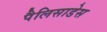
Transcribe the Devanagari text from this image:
पैलिसाडेस